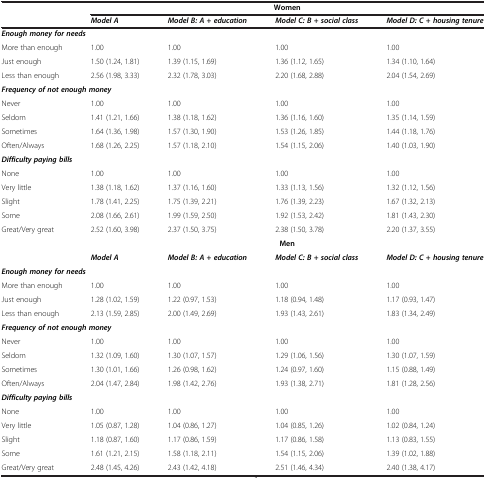
<table><thead><tr><td><b> </b></td><td colspan="4"><b>Women</b></td></tr><tr><td><b> </b></td><td><b><i>Model A</i></b></td><td><b><i>Model B: A + education</i></b></td><td><b><i>Model C: B + social class</i></b></td><td><b><i>Model D: C + housing tenure</i></b></td></tr></thead><tbody><tr><td colspan="5"><b><i>Enough money for needs</i></b></td></tr><tr><td>More than enough</td><td>1.00</td><td>1.00</td><td>1.00</td><td>1.00</td></tr><tr><td>Just enough</td><td>1.50 (1.24, 1.81)</td><td>1.39 (1.15, 1.69)</td><td>1.36 (1.12, 1.65)</td><td>1.34 (1.10, 1.64)</td></tr><tr><td>Less than enough</td><td>2.56 (1.98, 3.33)</td><td>2.32 (1.78, 3.03)</td><td>2.20 (1.68, 2.88)</td><td>2.04 (1.54, 2.69)</td></tr><tr><td colspan="5"><b><i>Frequency of not enough money</i></b></td></tr><tr><td>Never</td><td>1.00</td><td>1.00</td><td>1.00</td><td>1.00</td></tr><tr><td>Seldom</td><td>1.41 (1.21, 1.66)</td><td>1.38 (1.18, 1.62)</td><td>1.36 (1.16, 1.60)</td><td>1.35 (1.14, 1.59)</td></tr><tr><td>Sometimes</td><td>1.64 (1.36, 1.98)</td><td>1.57 (1.30, 1.90)</td><td>1.53 (1.26, 1.85)</td><td>1.44 (1.18, 1.76)</td></tr><tr><td>Often/Always</td><td>1.68 (1.26, 2.25)</td><td>1.57 (1.18, 2.10)</td><td>1.54 (1.15, 2.06)</td><td>1.40 (1.03, 1.90)</td></tr><tr><td colspan="5"><b><i>Difficulty paying bills</i></b></td></tr><tr><td>None</td><td>1.00</td><td>1.00</td><td>1.00</td><td>1.00</td></tr><tr><td>Very little</td><td>1.38 (1.18, 1.62)</td><td>1.37 (1.16, 1.60)</td><td>1.33 (1.13, 1.56)</td><td>1.32 (1.12, 1.56)</td></tr><tr><td>Slight</td><td>1.78 (1.41, 2.25)</td><td>1.75 (1.39, 2.21)</td><td>1.76 (1.39, 2.23)</td><td>1.67 (1.32, 2.13)</td></tr><tr><td>Some</td><td>2.08 (1.66, 2.61)</td><td>1.99 (1.59, 2.50)</td><td>1.92 (1.53, 2.42)</td><td>1.81 (1.43, 2.30)</td></tr><tr><td>Great/Very great</td><td>2.52 (1.60, 3.98)</td><td>2.37 (1.50, 3.75)</td><td>2.38 (1.50, 3.78)</td><td>2.20 (1.37, 3.55)</td></tr><tr><td> </td><td colspan="4"><b>Men</b></td></tr><tr><td> </td><td><b><i>Model A</i></b></td><td><b><i>Model B: A + education</i></b></td><td><b><i>Model C: B + social class</i></b></td><td><b><i>Model D: C + housing tenure</i></b></td></tr><tr><td colspan="5"><b><i>Enough money for needs</i></b></td></tr><tr><td>More than enough</td><td>1.00</td><td>1.00</td><td>1.00</td><td>1.00</td></tr><tr><td>Just enough</td><td>1.28 (1.02, 1.59)</td><td>1.22 (0.97, 1.53)</td><td>1.18 (0.94, 1.48)</td><td>1.17 (0.93, 1.47)</td></tr><tr><td>Less than enough</td><td>2.13 (1.59, 2.85)</td><td>2.00 (1.49, 2.69)</td><td>1.93 (1.43, 2.61)</td><td>1.83 (1.34, 2.49)</td></tr><tr><td colspan="5"><b><i>Frequency of not enough money</i></b></td></tr><tr><td>Never</td><td>1.00</td><td>1.00</td><td>1.00</td><td>1.00</td></tr><tr><td>Seldom</td><td>1.32 (1.09, 1.60)</td><td>1.30 (1.07, 1.57)</td><td>1.29 (1.06, 1.56)</td><td>1.30 (1.07, 1.59)</td></tr><tr><td>Sometimes</td><td>1.30 (1.01, 1.66)</td><td>1.26 (0.98, 1.62)</td><td>1.24 (0.97, 1.60)</td><td>1.15 (0.88, 1.49)</td></tr><tr><td>Often/Always</td><td>2.04 (1.47, 2.84)</td><td>1.98 (1.42, 2.76)</td><td>1.93 (1.38, 2.71)</td><td>1.81 (1.28, 2.56)</td></tr><tr><td colspan="5"><b><i>Difficulty paying bills</i></b></td></tr><tr><td>None</td><td>1.00</td><td>1.00</td><td>1.00</td><td>1.00</td></tr><tr><td>Very little</td><td>1.05 (0.87, 1.28)</td><td>1.04 (0.86, 1.27)</td><td>1.04 (0.85, 1.26)</td><td>1.02 (0.84, 1.24)</td></tr><tr><td>Slight</td><td>1.18 (0.87, 1.60)</td><td>1.17 (0.86, 1.59)</td><td>1.17 (0.86, 1.58)</td><td>1.13 (0.83, 1.55)</td></tr><tr><td>Some</td><td>1.61 (1.21, 2.15)</td><td>1.58 (1.18, 2.11)</td><td>1.54 (1.15, 2.06)</td><td>1.39 (1.02, 1.88)</td></tr><tr><td>Great/Very great</td><td>2.48 (1.45, 4.26)</td><td>2.43 (1.42, 4.18)</td><td>2.51 (1.46, 4.34)</td><td>2.40 (1.38, 4.17)</td></tr></tbody></table>